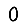
Digit: 0